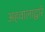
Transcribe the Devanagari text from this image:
अहवालाद्वारे